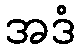
အဒံ